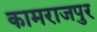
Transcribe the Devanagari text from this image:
कामराजपुर